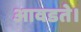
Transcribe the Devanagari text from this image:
आवडते।